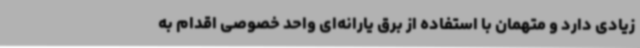
زیادی دارد و متهمان با استفاده از برق یارانه‌ای واحد خصوصی اقدام به